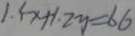
1 . 5 x \times 1 . 2 y = 6 6